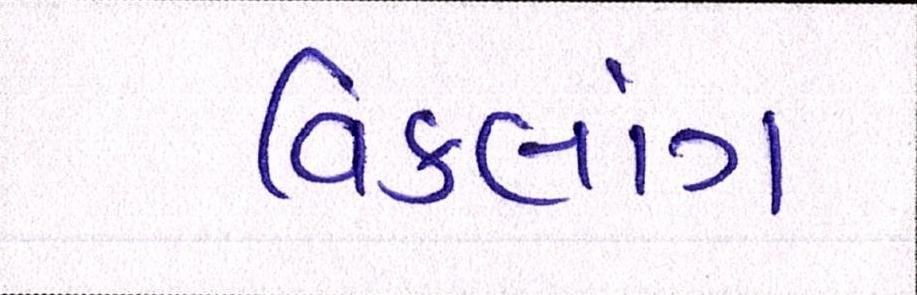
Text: વિકલાંગ